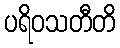
ပရိဝသတီတိ